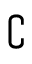
\complement